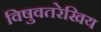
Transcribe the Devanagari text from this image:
विषुवतरेखिय